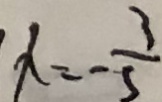
x = - \frac { 3 } { 5 }